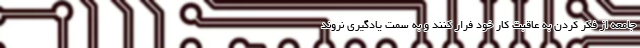
جامعه از فکر کردن به عاقبت کار خود فرار کنند و به سمت یادگیری نروند